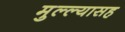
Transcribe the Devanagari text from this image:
मुल्ल्यासह